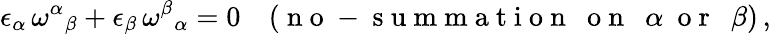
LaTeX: \epsilon_{\alpha}\, \omega^{\alpha}{}_{\beta}+\epsilon_{\beta}\, \omega^{\beta}{}_{\alpha}=0\quad(\mathrm{~n~o~-~s~u~m~m~a~t~i~o~n~~~o~n~~~}\alpha~\mathrm{~o~r~~~}\beta)\, ,